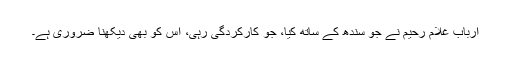
ارباب غلام رحیم نے جو سندھ کے ساتھ کیا، جو کارکردگی رہی، اس کو بھی دیکھنا ضروری ہے۔